NAE_ERA_R-2324_Eesti_Vabariigi_Pohiseaduslik_Assamblee, lk 21
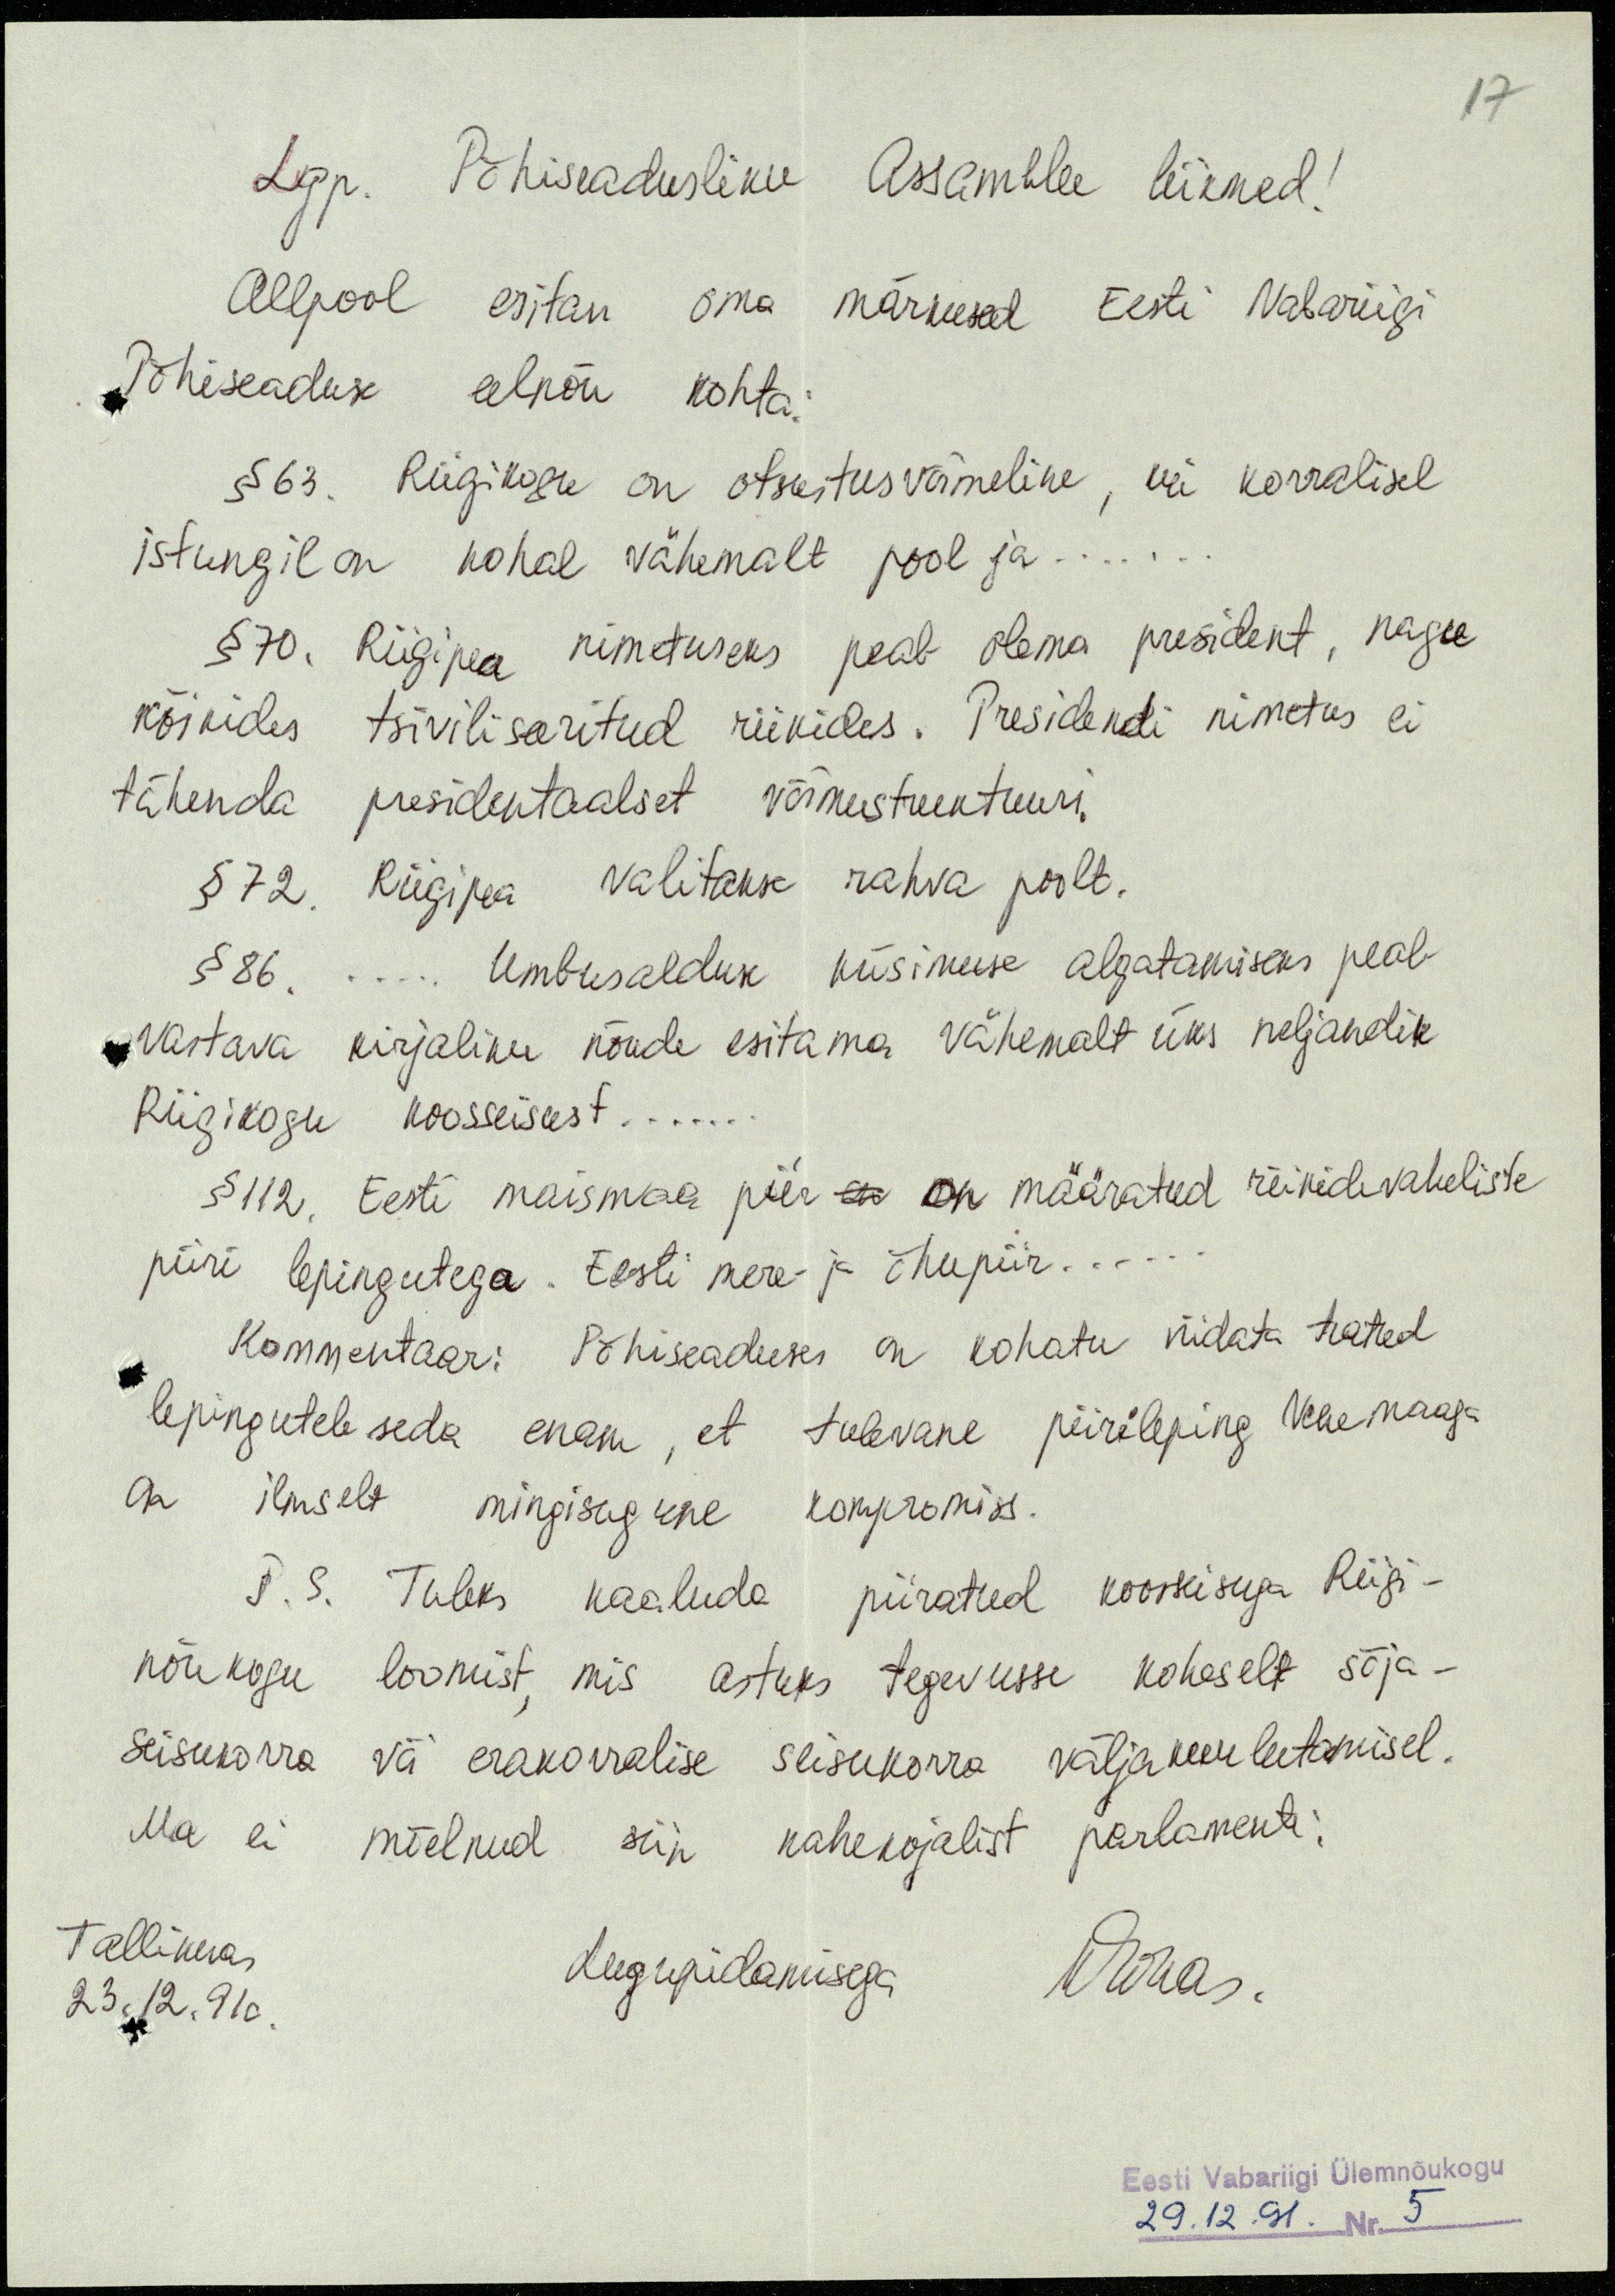
17
Lgp. Põhiseadusliku Assamblee liikmed!
Allpool esitan oma märkused Eesti Vabariigi
Põhiseaduse eelnõu kohta:
§ 63. Riigikogu on otsustusvõimeline, kui korralisel
istungil on kohal vähemalt pool ja...
§ 70. Riigipea nimetuseks peab olema president, nagu
kõikides tsiviliseeritud riikides. Presidendi nimetus ei
tähenda presidentaalset võimustruktuuri.
§ 72. Riigipea valitakse rahva poolt.
§ 86. .... Umbusalduse küsimuse algatamiseks peab
vastava kirjaliku nõude esitama vähemalt üks neljandik
Riigikogu koosseisust...
§ 112. Eesti maismaa piir  on on määratud riikidevaheliste
piiri lepingutega. Eesti mere- ja õhupiir...
Kommentaar: Põhiseaduses on kohatu viidata teatud
lepingutele seda enam, et tulevane piirileping Venemaaga
on ilmselt mingisugune kompromiss.
P. S. Tuleks kaaluda piiratud koosseisuga Riigi-
nõukogu loomist, mis astuks tegevusse koheselt sõja-
seisukorra või erakorralise seisukorra väljakuulutamisel.
Ma ei mõelnud siin kahekojalist parlamenti.
Tallinnas
23.12.91a.
Lugupidamisega
Eesti Vabariigi Ülemnõukogu
29.12.91. Nr. 5